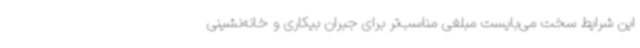
این شرایط سخت می‌بایست مبلغی مناسب‌تر برای جبران بیکاری و خانه‌نشینی